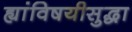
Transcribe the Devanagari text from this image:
ह्यांविषयीसुद्धा